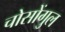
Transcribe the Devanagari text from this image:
चोसोंगुल